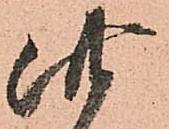
此